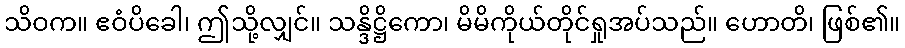
သိဝက။ ဧဝံပိခေါ၊ ဤသို့လျှင်။ သန္ဒိဋ္ဌိကော၊ မိမိကိုယ်တိုင်ရှုအပ်သည်။ ဟောတိ၊ ဖြစ်၏။